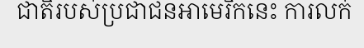
ជាតិរបស់ប្រជាជនអាមេរិកនេះ ការលក់